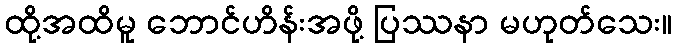
ထို့အထိမူ ဘောင်ဟိန်းအဖို့ ပြဿနာ မဟုတ်သေး။